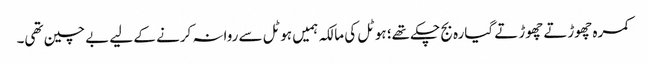
کمرہ چھوڑتے چھوڑتے گیارہ بج چکے تھے؛ ہوٹل کی مالکہ ہمیں ہوٹل سے روانہ کرنے کے لیے بے چین تھی۔